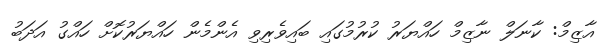
އާޒިމް: ކާނަލް ނާޒިމް ހައްޔަރު ކުރުމުގައި ބައިވެރިވި އެންމެން ހައްޔަރުކޮށް ހައްގު އަދަބު